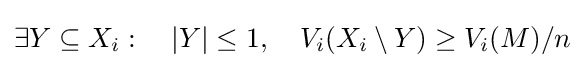
\exists Y\subseteq X_{i}:~~~|Y|\leq 1,~~~V_{i}(X_{i}\setminus Y)\geq V_{i}(M)/n